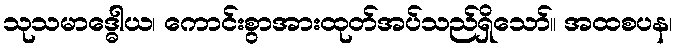
သုသမာဒ္ဓေါယ၊ ကောင်းစွာအားထုတ်အပ်သည်ရှိသော်။ အထစပန၊